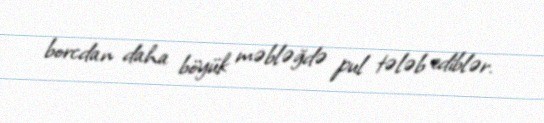
borcdan daha böyük məbləğdə pul tələb ediblər.